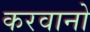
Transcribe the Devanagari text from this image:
करवानो